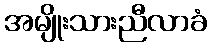
အမျိုးသားညီလာခံ